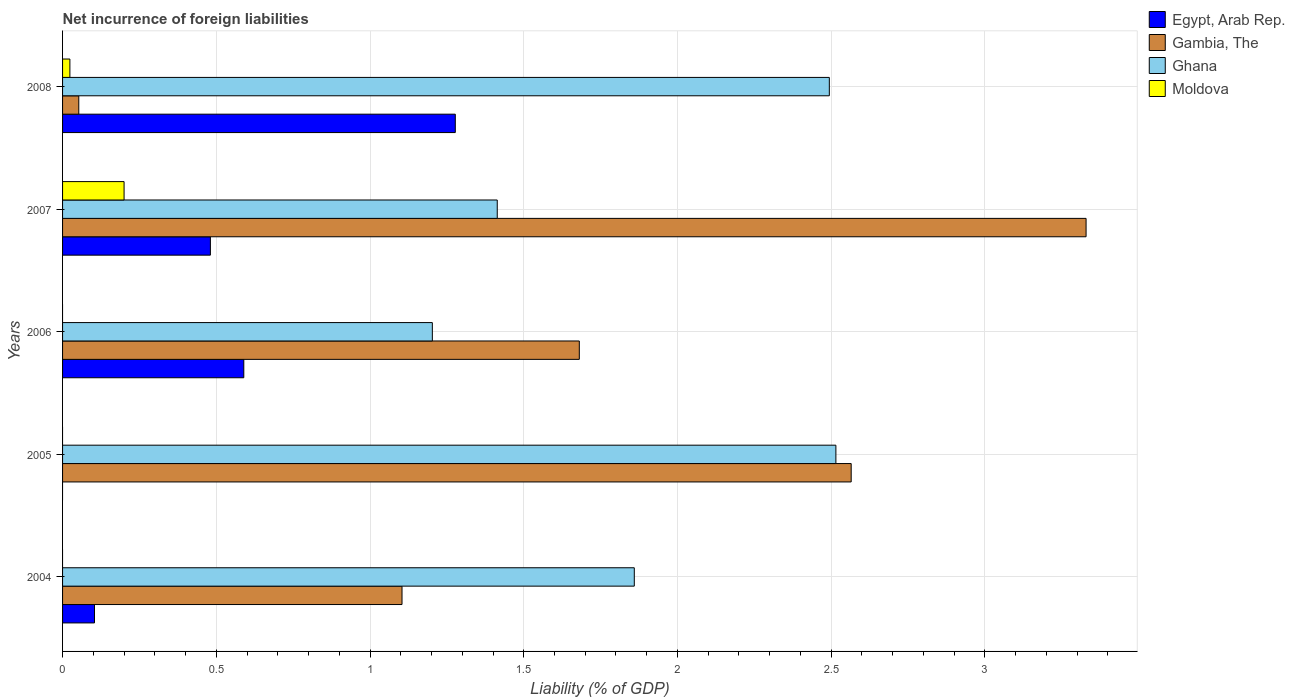
| Years | Egypt, Arab Rep. | Gambia, The | Ghana | Moldova |
 | --- | --- | --- | --- | --- |
 | 2004 | 0.104 | 1.1 | 1.86 | -1.88 |
 | 2005 | -0.788 | 2.57 | 2.52 | -0.142 |
 | 2006 | 0.589 | 1.68 | 1.2 | -0.515 |
 | 2007 | 0.481 | 3.33 | 1.41 | 0.2 |
 | 2008 | 1.28 | 0.0527 | 2.49 | 0.0238 |